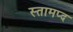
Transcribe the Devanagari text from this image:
स्तामप्द